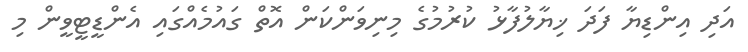
އަދި އިންޑިޔާ ފަދަ ޚިޔާލުފާޅު ކުރުމުގެ މިނިވަންކަން އޮތް ގައުމެއްގައި އެންޑީޓީވީން މި